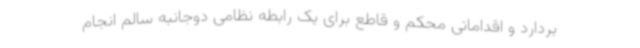
بردارد و اقداماتی محکم و قاطع برای یک رابطه نظامی دوجانبه سالم انجام